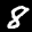
Label: 8